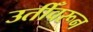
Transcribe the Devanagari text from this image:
उतीँवरून